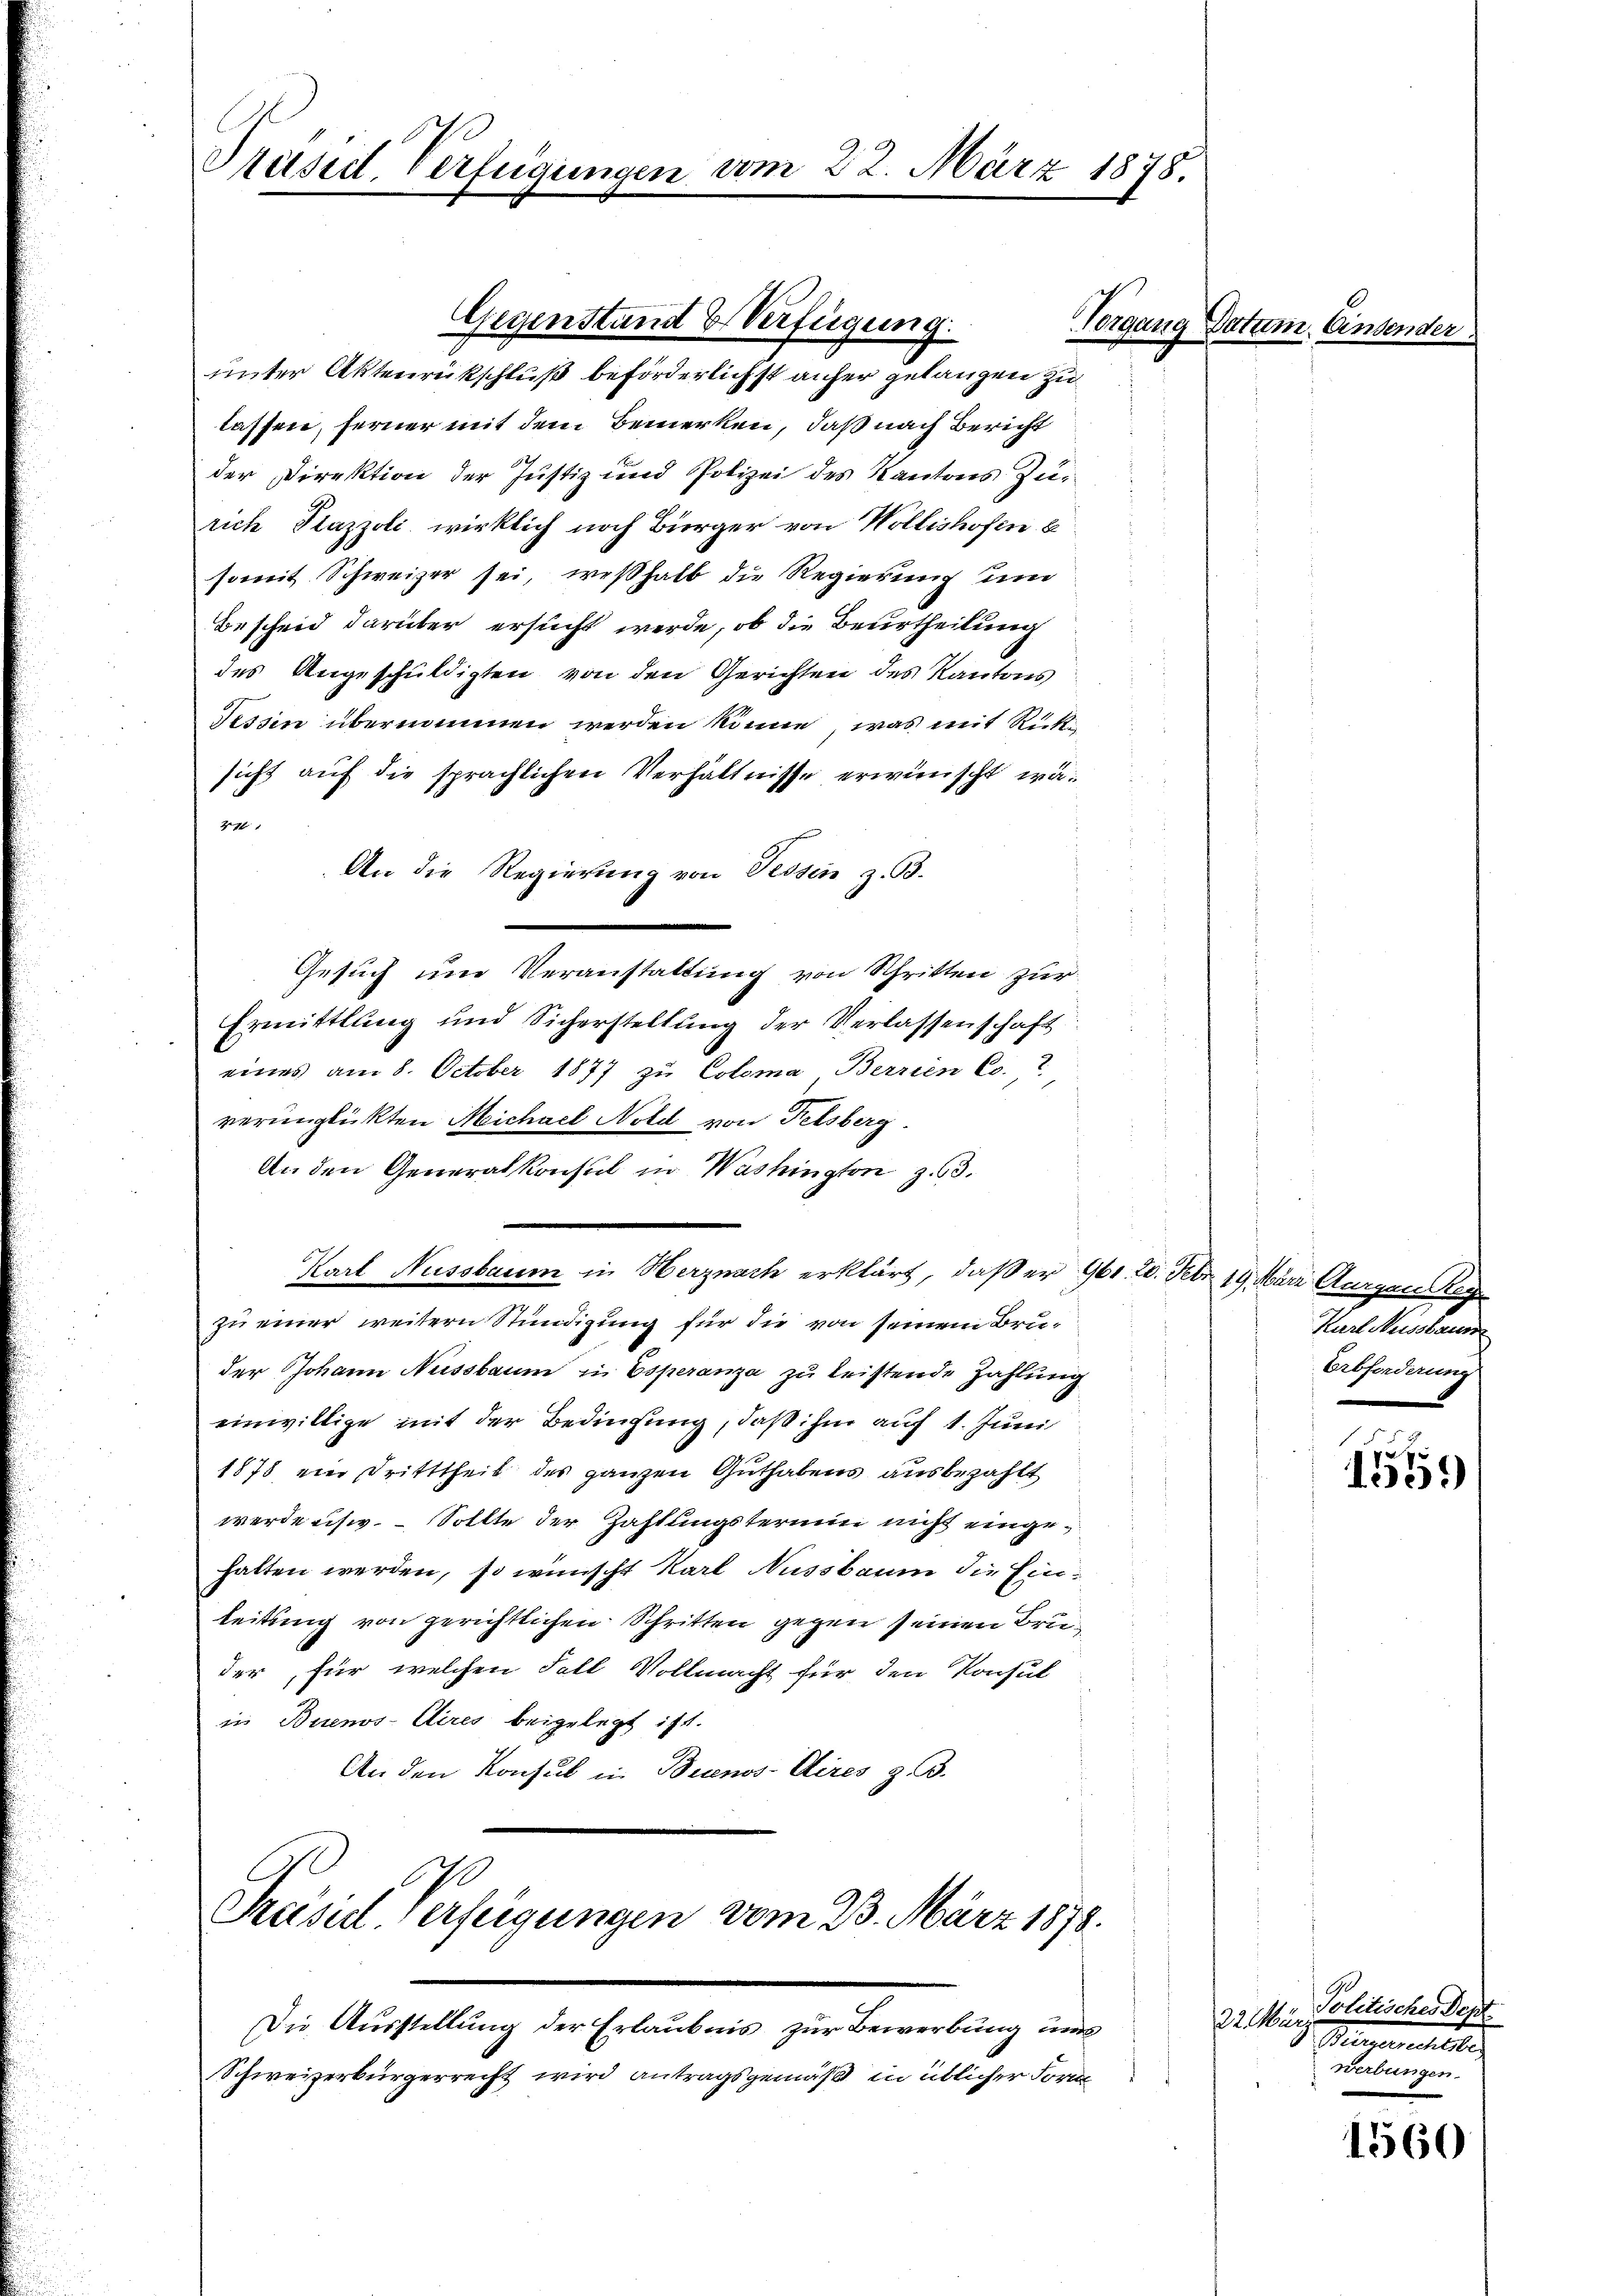
Präsid. Verfügungen vom 22. März 1878.

lassen, ferner mit dem Bemerken, daß nach Bericht
der Direktion der Justiz und Polizei des Kantons Zurich Plazzoli wirklich noch Bürger von Hollishofen b
somit Schweizer sei, weßhalb die Regierung und
Bescheid darüber ersucht werde, ob die Beurtheilung
des Angeschuldigten von den Gerichten des Kantons
Tissen übernommen werden könne, was mit Rücksicht auf die sprachlichen Verhältnisse erwünscht wä¬
4711
An die Regierung von Tessin z. B.
Gesuch um Veranstattung von Schritten zur
Ermittlang und Sicherstellung der Verlassenschaft
eines am 8. October 1877 zu Coloma Berrien Co
verunglückten Michael Nold von Felsberg.
An den Generalkonsul in Washington z. 63.
Karl Nussbaum in Herznach erklärt, daß er 960. 20. Febr. 19. März Aargau Reg
zu einer weitern Stündigung für die von seinem Bruder Johann Nussbaum in Esperanza zu leistende Zahlung
einwillige mit der Bedinsung, daß ihm auf 1. Juni
1878, vier Dritttheil des ganzen Guthabens ausbezahlt
werde usw. – Sollte der Haftungstermin nicht eingehatten werden, so wünscht Karl Nussbaum die Einleitung von gerichtlichen Schritten gegen seinen Bruder, für welchen Fall Vollmacht für den Konsul
in Buenos-Cires beigelegt ist.
An den Konsul in Buenos-Aires z. B.

Gegenstand & Verfügung.
Vorgang
unter Aktenrückschluß beförderlichst anfer gelangen zu

Präsid Verfügungen vom 23. März 1878.

Die Ausstellung der Erlaubnis zur Bewerbung uns
Schweizerbürgerrecht wird antragsgemäß in üblicher Form

Karl Ausstaus
Erbforderung
2

1559

Politischer Sept.
122. Mar
Manne litte
Werbungen.

1360